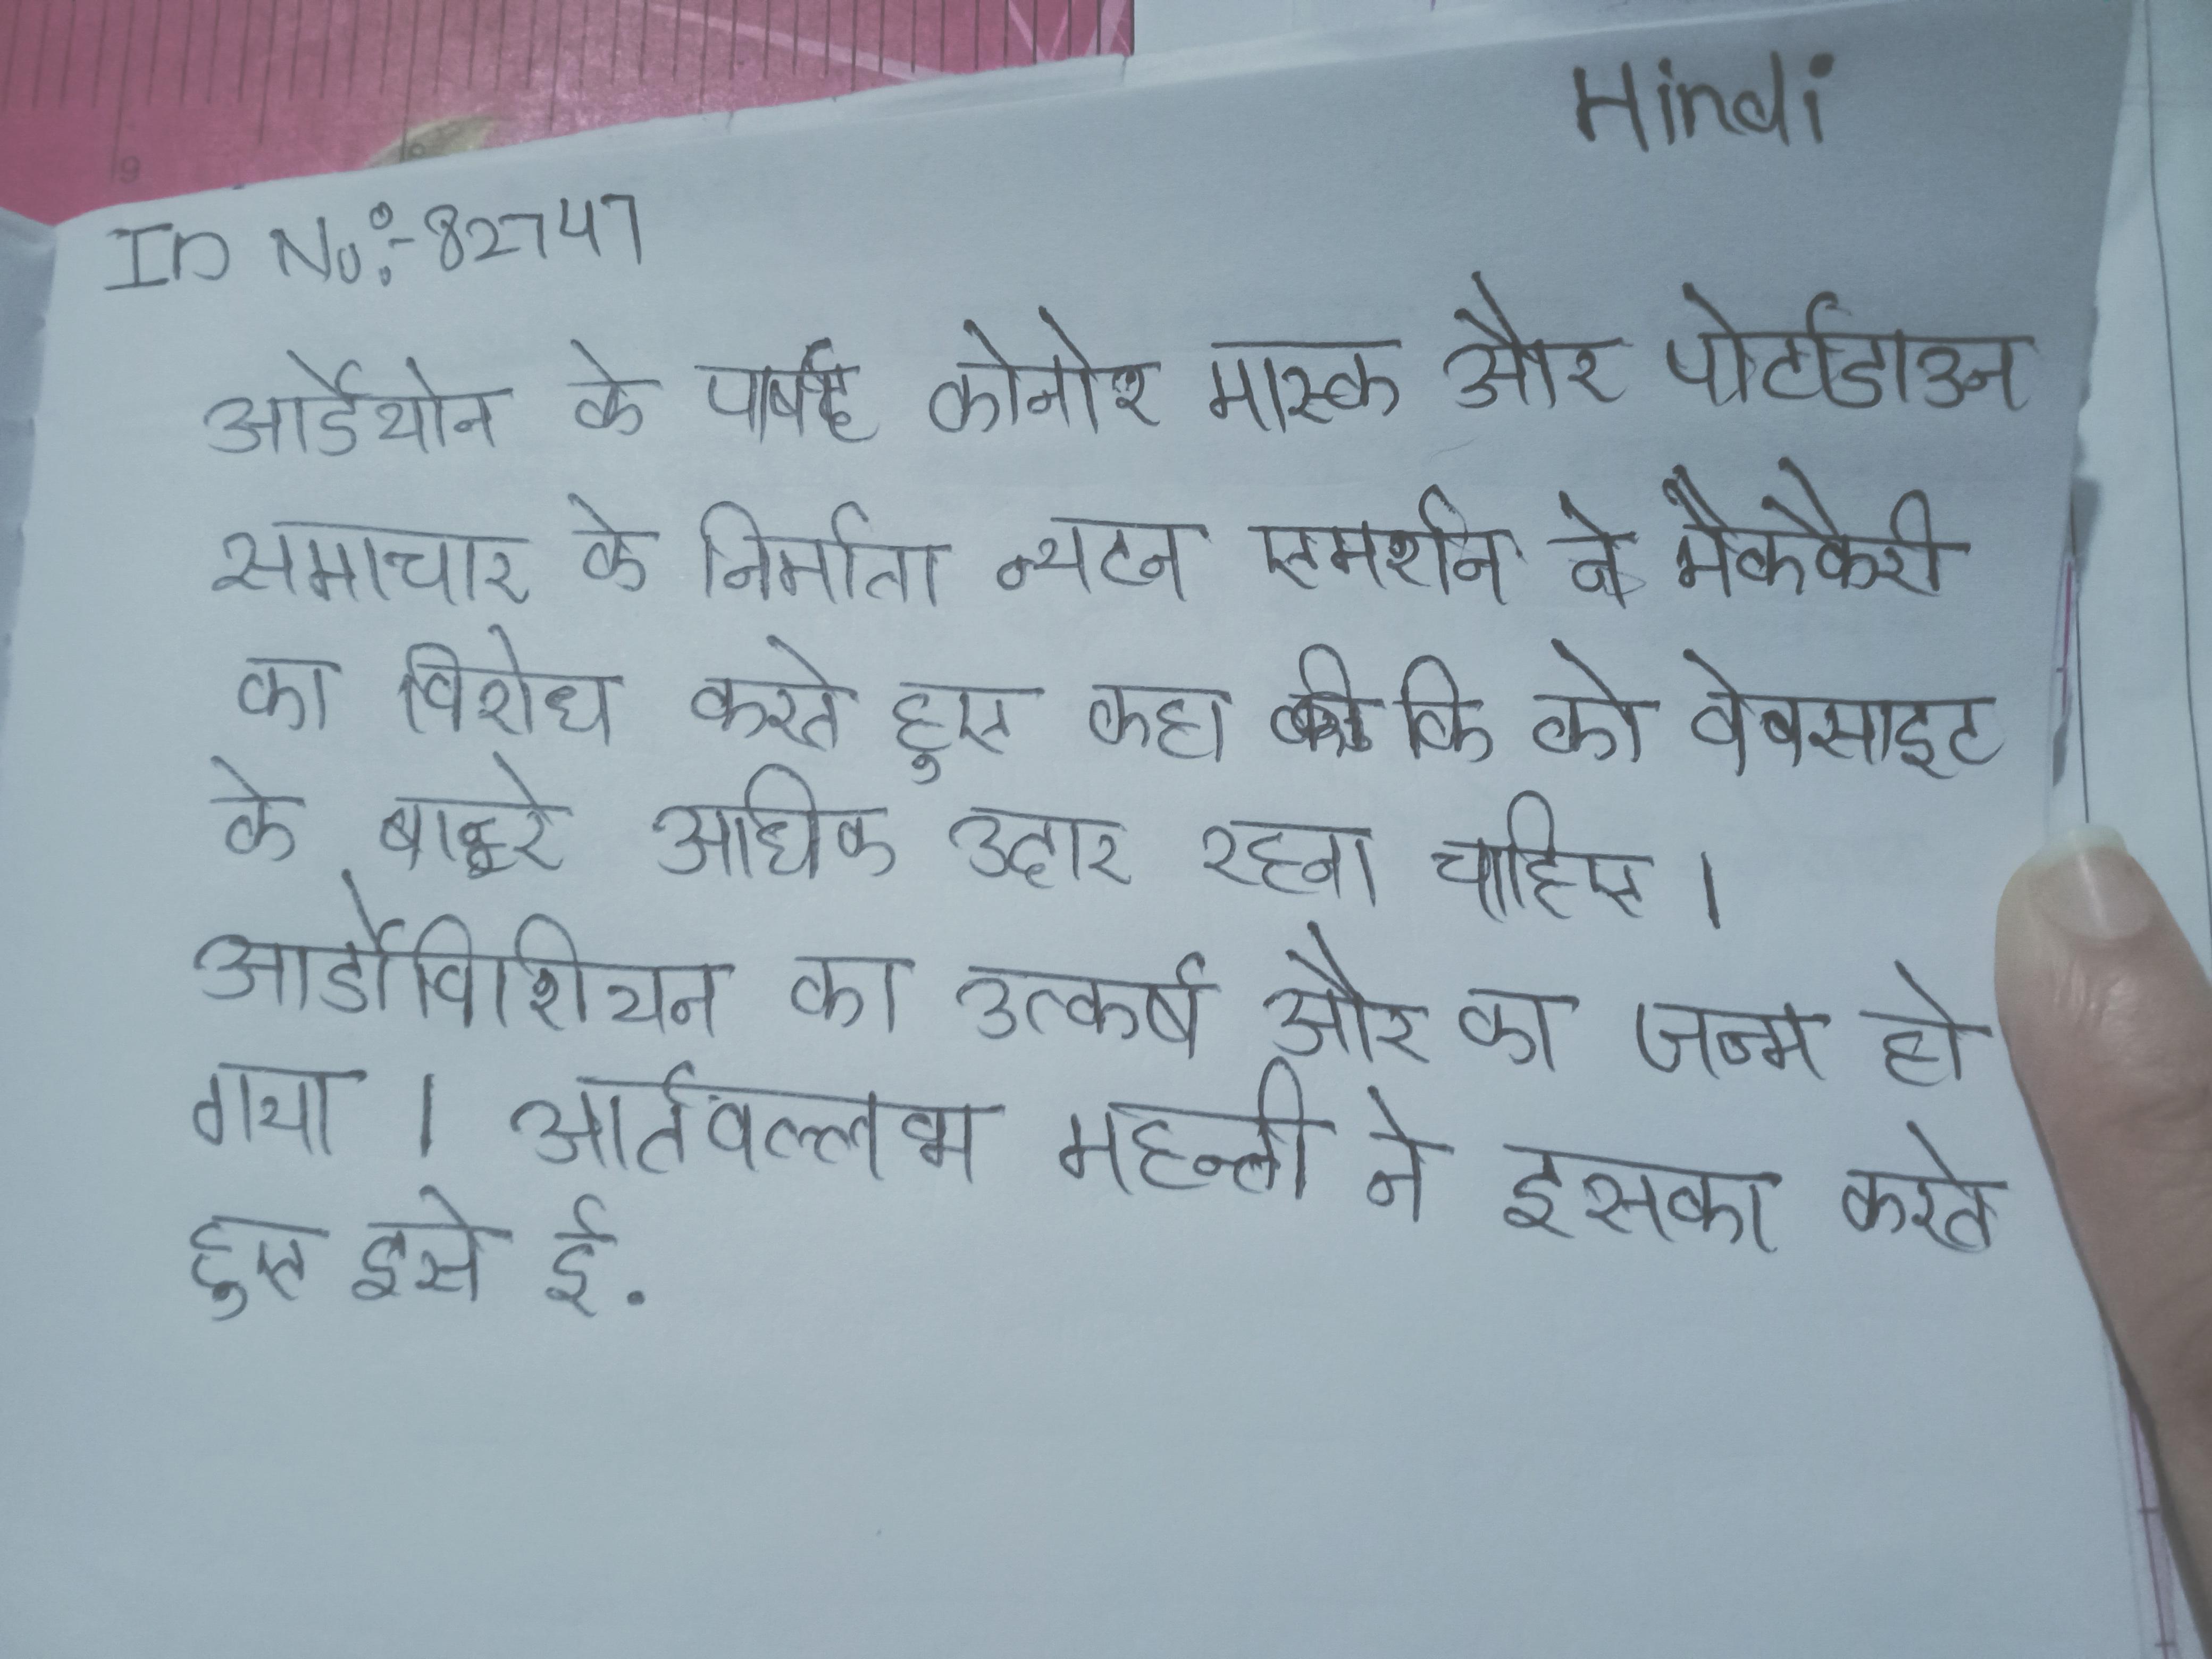
आर्डेयोन के पार्षद कोनोर मास्के और पोर्टाडाउन समाचार के निर्माता न्यूटन एमर्शन ने मैककैरी का विरोध करते हुए कहा कि को वेबसाइट के बारे अधिक उदार रहना चाहिए । आर्डोविशियन का उत्कर्ष और का जन्म हो गया । आर्तवल्लभ महन्ती ने इसका करते हुए इसे ई.